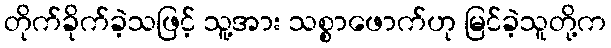
တိုက်ခိုက်ခဲ့သဖြင့် သူ့အား သစ္စာဖောက်ဟု မြင်ခဲ့သူတို့က